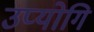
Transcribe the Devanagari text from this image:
उप्योगि